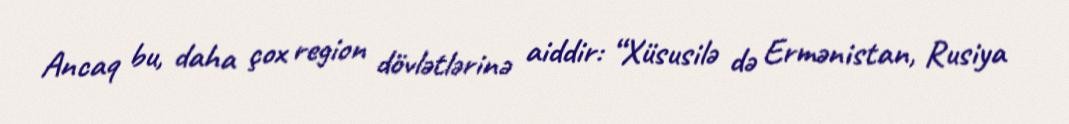
Ancaq bu, daha çox region dövlətlərinə aiddir: “Xüsusilə də Ermənistan, Rusiya